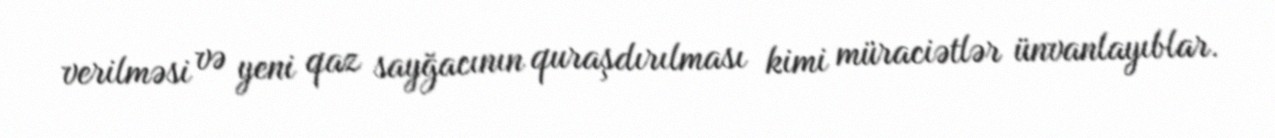
verilməsi və yeni qaz sayğacının quraşdırılması kimi müraciətlər ünvanlayıblar.